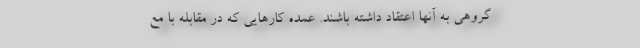
گروهی به آنها اعتقاد داشته باشند. عمده کارهایی که در مقابله با مع